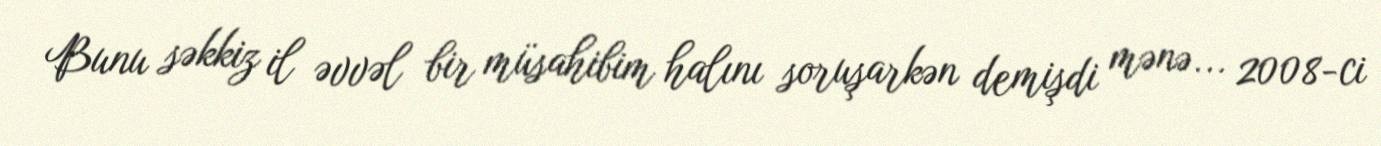
Bunu səkkiz il əvvəl bir müsahibim halını soruşarkən demişdi mənə... 2008-ci